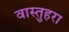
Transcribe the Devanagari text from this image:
वास्तुहरा